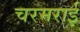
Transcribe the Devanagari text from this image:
चरमराई